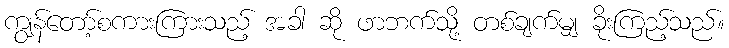
ကျွန်တော့်စကားကြားသည့် အခါ ဆို ဖာဘက်သို့ တစ်ချက်မျှ ခိုးကြည့်သည်။